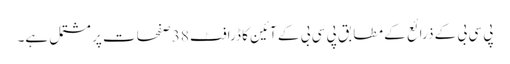
پی سی بی کے ذرائع کے مطابق پی سی بی کے آئین کا ڈرافٹ 38 صفحات پر مشتمل ہے۔